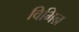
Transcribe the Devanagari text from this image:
विभिन्र